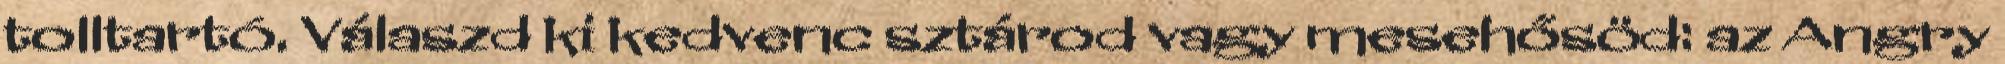
tolltartó. Válaszd ki kedvenc sztárod vagy mesehősöd: az Angry